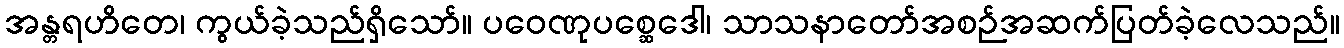
အန္တရဟိတေ၊ ကွယ်ခဲ့သည်ရှိသော်။ ပဝေဏုပစ္ဆေဒေါ၊ သာသနာတော်အစဉ်အဆက်ပြတ်ခဲ့လေသည်။